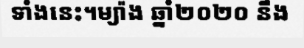
ទាំងនេះ។ម្យ៉ាង ឆ្នាំ២០២០ នឹង